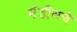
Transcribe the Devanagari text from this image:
मेंडीसचे